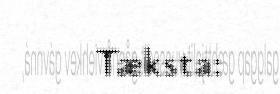
Tæksta: